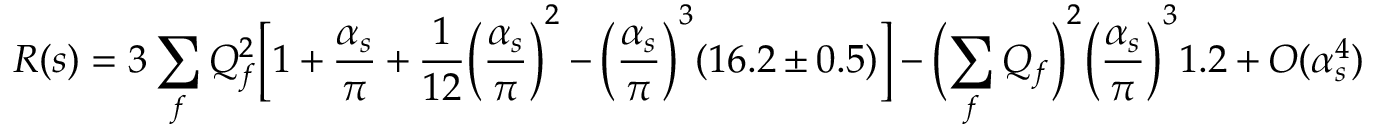
R ( s ) = 3 \sum _ { f } Q _ { f } ^ { 2 } \biggl [ 1 + \frac { \alpha _ { s } } { \pi } + \frac { 1 } { 1 2 } \biggl ( \frac { \alpha _ { s } } { \pi } \biggr ) ^ { 2 } - \biggl ( \frac { \alpha _ { s } } { \pi } \biggr ) ^ { 3 } ( 1 6 . 2 \pm 0 . 5 ) \biggr ] - \biggl ( \sum _ { f } Q _ { f } \biggr ) ^ { 2 } \biggl ( \frac { \alpha _ { s } } { \pi } \biggr ) ^ { 3 } 1 . 2 + O ( \alpha _ { s } ^ { 4 } )